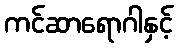
ကင်ဆာရောဂါနှင့်